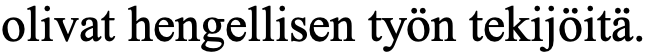
olivat hengellisen työn tekijöitä.